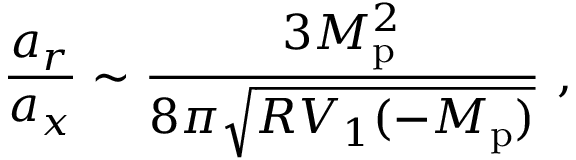
\frac { a _ { r } } { a _ { x } } \sim \frac { 3 M _ { \mathrm { p } } ^ { 2 } } { 8 \pi \sqrt { R V _ { 1 } ( - M _ { \mathrm { p } } ) } } \ ,